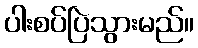
ပါးစပ်ပြဲသွားမည်။